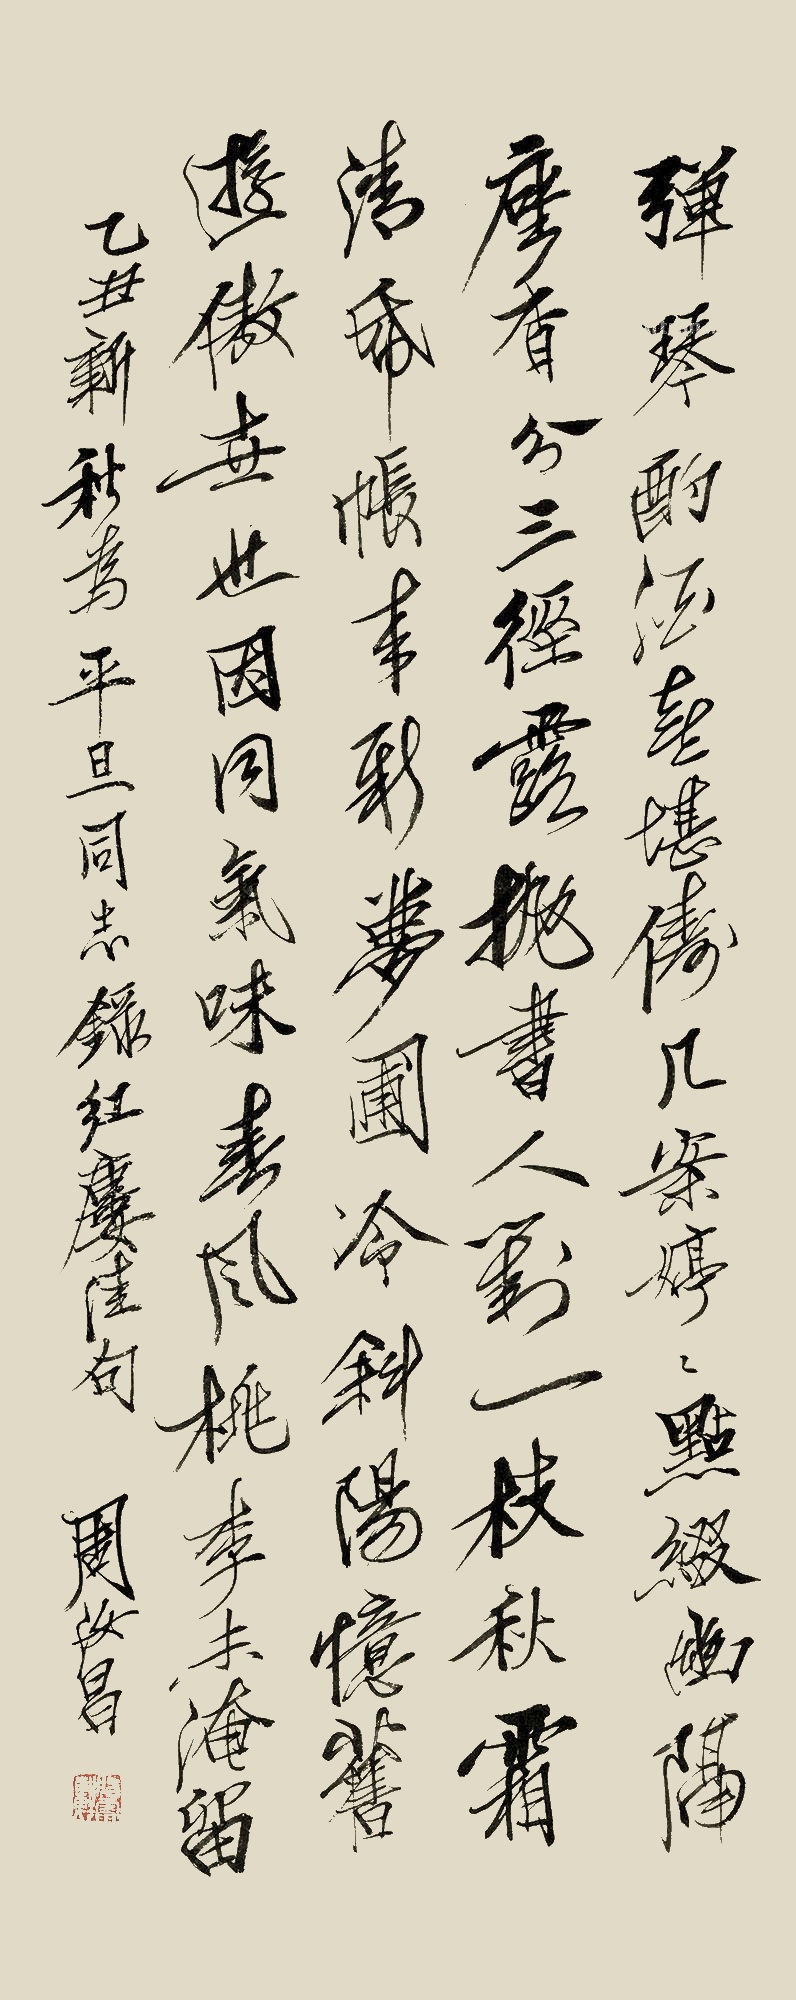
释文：弹琴酌酒喜堪俦，几案婷婷点缀幽。隔座香分三径露，抛书人对一枝秋。霜清纸帐来新梦，圃冷斜阳忆旧游。傲世也因同气味，春风桃李未淹留。乙丑新秋，为平旦同志录红楼佳句，周汝昌。